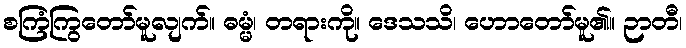
စကြံကြွတော်မူလျက်။ ဓမ္မံ၊ တရားကို။ ဒေသသိ၊ ဟောတော်မူ၏။ ဉာတီ၊